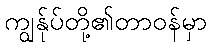
ကျွန်ုပ်တို့၏တာဝန်မှာ